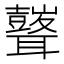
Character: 𮋾